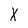
Character: X